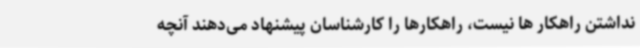
نداشتن راهکار ها نیست، راهکارها را کارشناسان پیشنهاد می‌دهند آنچه